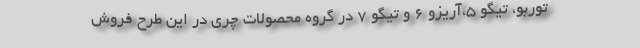
توربو، تیگو 5،آریزو 6 و تیگو 7 در گروه محصولات چری در این طرح فروش